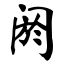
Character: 阏